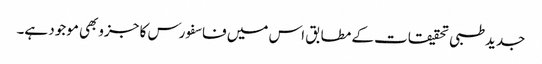
جدیدطبی تحقیقات کے مطابق اس میں فاسفورس کا جزوبھی موجود ہے۔